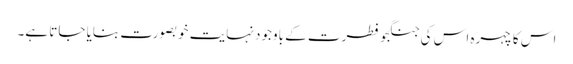
اس کا چہرہ اس کی جنگجو فطرت کے باوجود نہایت خوبصورت بنایا جاتا ہے۔